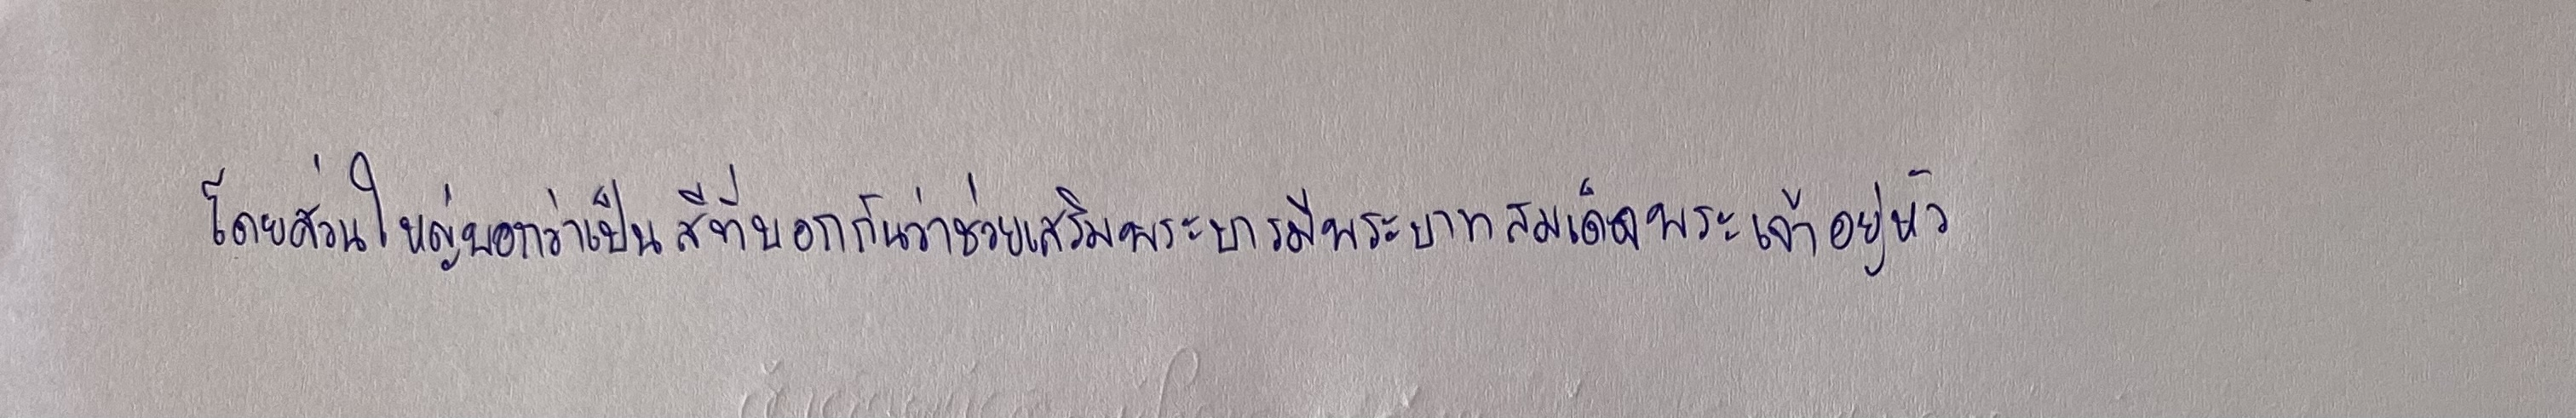
โดยส่วนใหญ่บอกว่าเป็นสีที่บอกกันว่าช่วยเสริมพระบารมีพระบาทสมเด็จพระเจ้าอยู่หัว